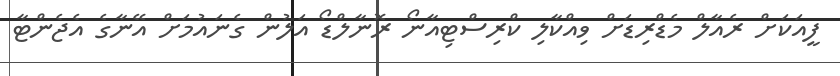
ފީއަކަށް ރެއާލް މެޑްރިޑަށް ވިއްކާލި ކްރިސްޓިއާނޯ ރޮނާލްޑޯ އަލުން ގެނައުމަށް އޭނާގެ އެޖެންޓާ